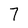
Character: 7